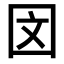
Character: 𪢨